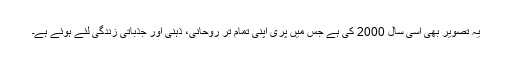
یہ تصویر بھی اسی سال 2000 کی ہے جس میں پری اپنی تمام تر روحانی، ذہنی اور جذباتی زندگی لئے ہوئے ہے۔